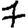
Digit: 7